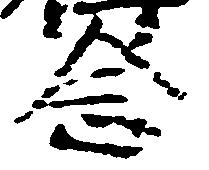
念